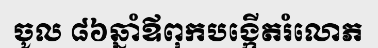
ចូល ៨៦ឆ្នាំឪពុកបង្កើតរំលោភ